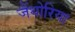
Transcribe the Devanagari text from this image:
जैंथोरिया